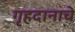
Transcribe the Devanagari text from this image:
गृहदानाचे